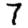
Digit: 7